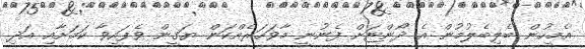
އެމީހުން ބެލިބެލުމުން އެ ދޯންޏަށް ފެނުނީ މާވަހަރެއްކަން ޔަގީން ވެފައިވާ ކަމަށާއި އަދި